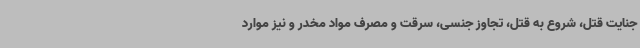
جنایت قتل، شروع به قتل، تجاوز جنسی، سرقت و مصرف مواد مخدر و نیز موارد